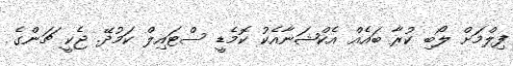
ފިލްމަށް ލޯބި ކުރާ ބައެއް އެކްޝަނާއެކު ކޮމެޑީ ސްޓައިލް ކަމުދޭ. ޖެކީ ޗަންގެ